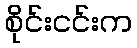
စိုင်းငင်းက